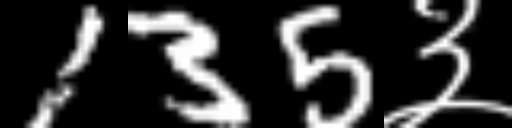
Text: 135३